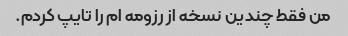
من فقط چندین نسخه از رزومه ام را تایپ کردم.